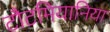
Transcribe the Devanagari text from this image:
टौटमियानिया